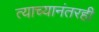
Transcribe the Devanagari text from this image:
त्याच्यानंतरही